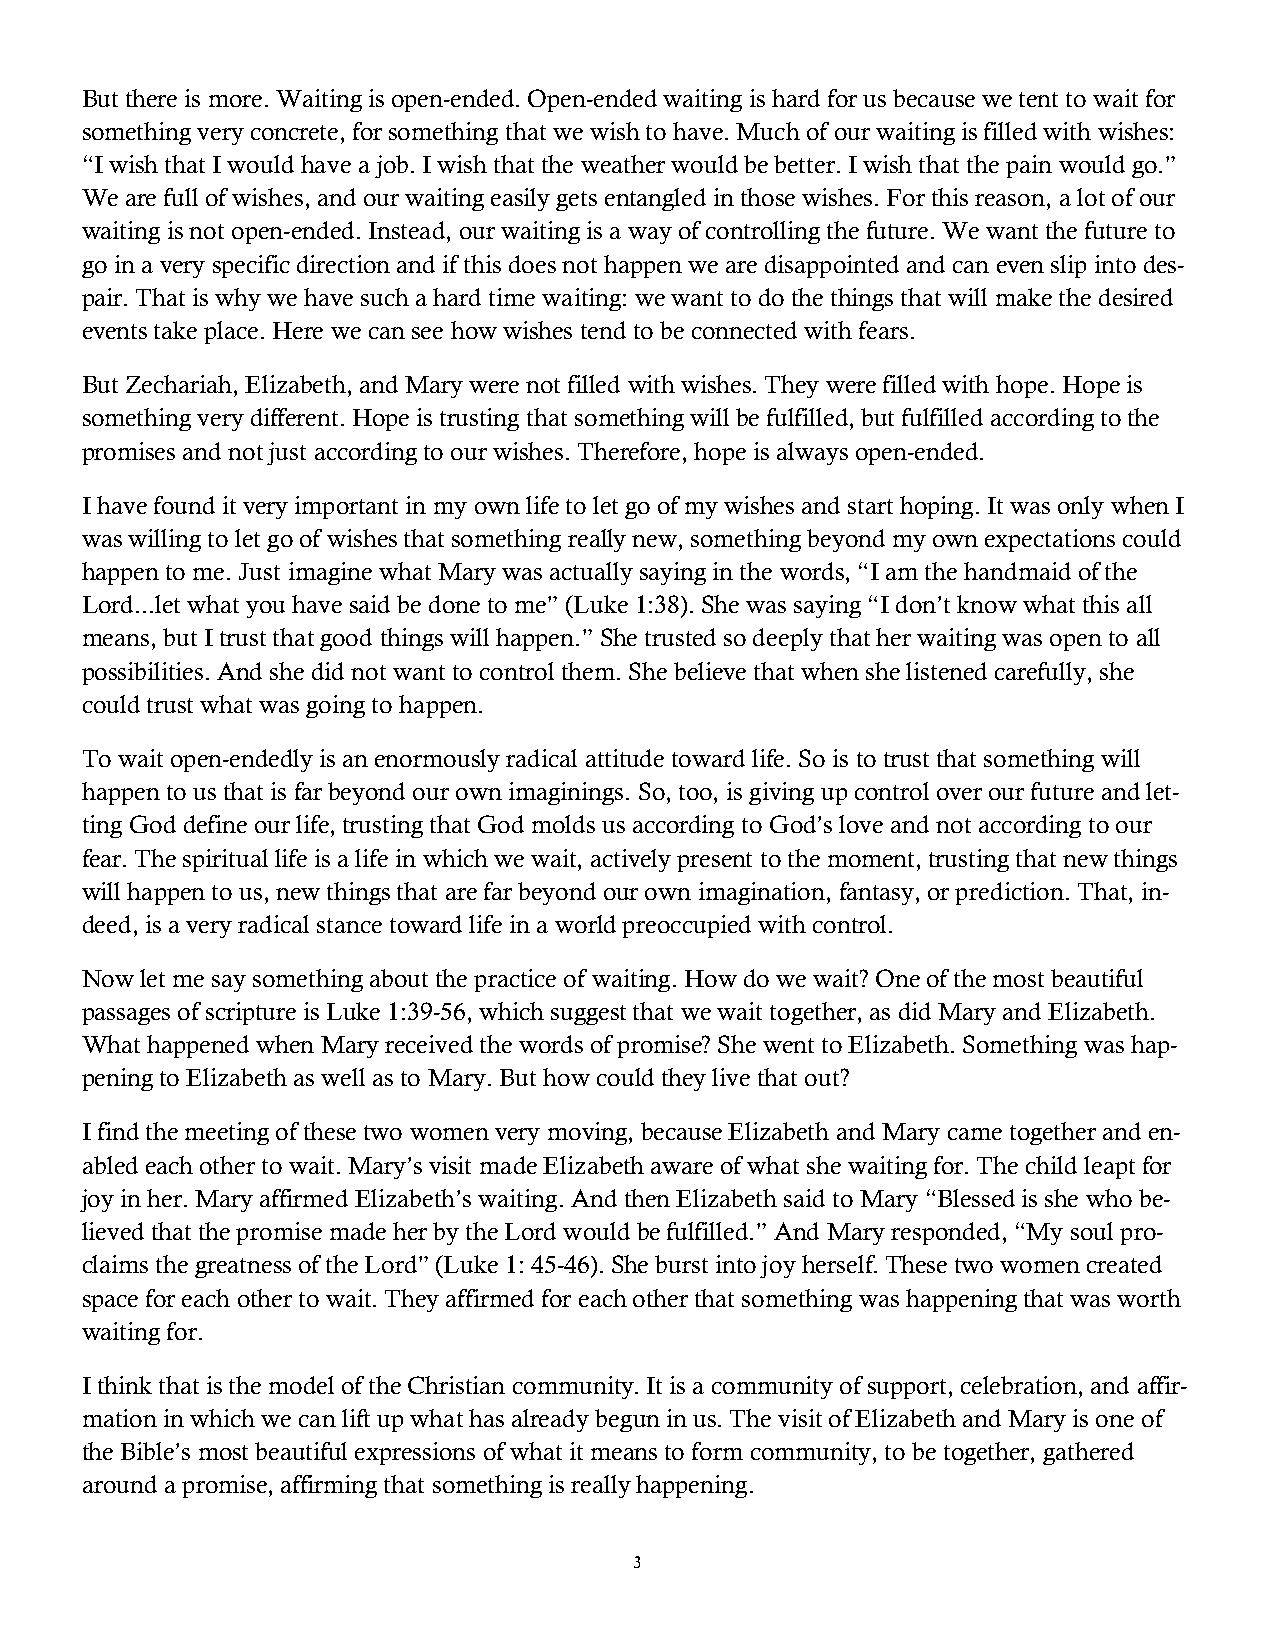
But there is more. Waiting is open-ended. Open-ended waiting is hard for us because we tent to wait for
 someth ing very concrete, for something that we wish to have. Much of our waiting is filled with wishes:
 “I wish that I would have a job. I wish that the weather would be better. I wish that the pain would go.”
 We are full of wishes, and our waiting easily gets entangled in those wishes. For this reason, a lot of our
 waiting is not open-ended. Instead, our waiting is a way of controlling the future. We want the future to
 go in a very specific direction and if this does not happen we are disappointed and can even slip into des-
 pair. That is why we have such a hard time waiting: we want to do the things that will make the desired
 events take place. Here we can see how wishes tend to be connected with fears.
 But Zechariah, Elizabeth, and Mary were not filled with wishes. They were filled with hope. Hope is
 something very different. Hope is trusting that something will be fulfilled, but fulfilled according to the
 promises and not just according to our wishes. Therefore, hope is always open-ended.
 I have found it very important in my own life to let go of my wishes and start hoping. It was only when I
 was willing to let go of wishes that something really new, something beyond my own expectations could
 happen to me. Just imagine what Mary was actually saying in the words, “I am the handmaid of the
 Lord...let what you have said be done to me” (Luke 1:38). She was saying “I don’t know what this all
 means, but I trust that good things will happen.” She trusted so deeply that her waiting was open to all
 possibilities. And she did not want to control them. She believe that when she listened carefully, she
 could trust what was going to happen.
 To wait open-endedly is an enormously radical attitude toward life. So is to trust that something will
 happen to us that is far beyond our own imaginings. So, too, is giving up control over our future and let-
 ting God define our life, trusting that God molds us according to God’s love and not according to our
 fear. The spiritual life is a life in which we wait, actively present to the moment, trusting that new things
 will happen to us, new things that are far beyond our own imagination, fantasy, or prediction. That, in-
 deed, is a very radical stance toward life in a world preoccupied with control.
 Now let me say something about the practice of waiting. How do we wait? One of the most beautiful
 passages of scripture is Luke 1:39-56, which suggest that we wait together, as did Mary and Elizabeth.
 What happened when Mary received the words of promise? She went to Elizabeth. Something was hap-
 pening to Elizabeth as well as to Mary. But how could they live that out?
 I find the meeting of these two women very moving, because Elizabeth and Mary came together and en-
 abled each other to wait. Mary’s visit made Elizabeth aware of what she waiting for. The child leapt for
 joy in her. Mary affirmed Elizabeth’s waiting. And then Elizabeth said to Mary “Blessed is she who be-
 lieved that the promise made her by the Lord would be fulfilled.” And Mary responded, “My soul pro-
 claims the greatness of the Lord” (Luke 1: 45-46). She burst into joy herself. These two women created
 space for each other to wait. They affirmed for each other that something was happening that was worth
 waiting for.
 I think that is the model of the Christian community. It is a community of support, celebration, and affir-
 mation in which we can lift up what has already begun in us. The visit of Elizabeth and Mary is one of
 the Bible’s most beautiful expressions of what it means to form community, to be together, gathered
 around a promise, affirming that something is really happening.
 3